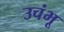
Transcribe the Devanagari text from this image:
उचंभू